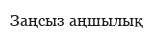
Заңсыз аңшылық